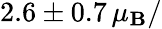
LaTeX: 2.6\pm0.7\, \mu_{\mathbf{B}}/